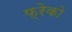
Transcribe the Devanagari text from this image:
फ्रेको